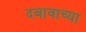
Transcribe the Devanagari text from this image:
दबावाच्या